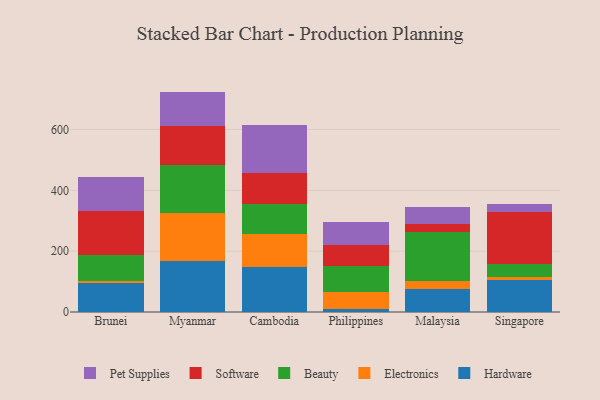
{"axis": {"x": "Country", "y": "Revenue (USD Million)"}, "legend": ["Beauty", "Electronics", "Hardware", "Pet Supplies", "Software"], "data": [{"x": "Brunei", "y": 94.9, "type": "Hardware"}, {"x": "Brunei", "y": 7.5, "type": "Electronics"}, {"x": "Brunei", "y": 84.2, "type": "Beauty"}, {"x": "Brunei", "y": 145.4, "type": "Software"}, {"x": "Brunei", "y": 111.0, "type": "Pet Supplies"}, {"x": "Myanmar", "y": 169.2, "type": "Hardware"}, {"x": "Myanmar", "y": 154.9, "type": "Electronics"}, {"x": "Myanmar", "y": 160.0, "type": "Beauty"}, {"x": "Myanmar", "y": 126.8, "type": "Software"}, {"x": "Myanmar", "y": 113.5, "type": "Pet Supplies"}, {"x": "Cambodia", "y": 148.4, "type": "Hardware"}, {"x": "Cambodia", "y": 109.5, "type": "Electronics"}, {"x": "Cambodia", "y": 98.6, "type": "Beauty"}, {"x": "Cambodia", "y": 99.3, "type": "Software"}, {"x": "Cambodia", "y": 160.3, "type": "Pet Supplies"}, {"x": "Philippines", "y": 9.2, "type": "Hardware"}, {"x": "Philippines", "y": 55.6, "type": "Electronics"}, {"x": "Philippines", "y": 86.0, "type": "Beauty"}, {"x": "Philippines", "y": 67.8, "type": "Software"}, {"x": "Philippines", "y": 77.3, "type": "Pet Supplies"}, {"x": "Malaysia", "y": 75.6, "type": "Hardware"}, {"x": "Malaysia", "y": 27.8, "type": "Electronics"}, {"x": "Malaysia", "y": 160.1, "type": "Beauty"}, {"x": "Malaysia", "y": 25.1, "type": "Software"}, {"x": "Malaysia", "y": 58.1, "type": "Pet Supplies"}, {"x": "Singapore", "y": 104.2, "type": "Hardware"}, {"x": "Singapore", "y": 10.7, "type": "Electronics"}, {"x": "Singapore", "y": 43.0, "type": "Beauty"}, {"x": "Singapore", "y": 171.9, "type": "Software"}, {"x": "Singapore", "y": 26.0, "type": "Pet Supplies"}]}